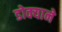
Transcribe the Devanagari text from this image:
डोक्याने